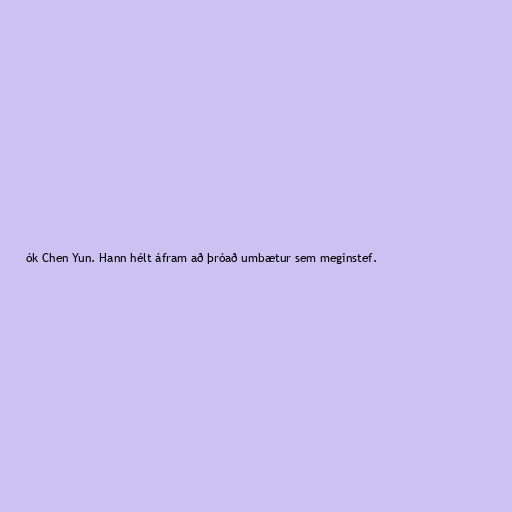
ók Chen Yun. Hann hélt áfram að þróað umbætur sem meginstef.